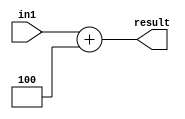
`timescale 1ns / 1ps
//////////////////////////////////////////////////////////////////////////////////
// Company: 
// Engineer: 
// 
// Design Name: 
// Module Name: four_bit_adder
// Project Name: 
// Target Devices: 
// Tool Versions: 
// Description: 
// 
// Dependencies: 
// 
// Revision:
// Revision 0.01 - File Created
// Additional Comments:
// 
//////////////////////////////////////////////////////////////////////////////////

module eight_bit_adder(
    input [7:0] in1,
    output [7:0] result
    );
//    wire cout1, cout2, cout3, cout4, cout5, cou6, cout7, cout8;
    
//    full_adder adder1 (in1[0], in2[0], 0, result[0], cout1);
//    full_adder adder2 (in1[1], in1[1], cout1, result[1], cout2);
//    full_adder adder3 (in1[2], in2[2], cout2, result[2], cout3);
//    full_adder adder4 (in1[3], in2[3], cout3, result[3], cout4);
//    full_adder adder5 (in1[4], in2[4], cout4, result[4], cout5);
//    full_adder adder6 (in1[5], in2[5], cout5, result[5], cout6);
//    full_adder adder7 (in1[6], in2[6], cout6, result[6], cout7); 
//    full_adder adder8 (in1[7], in2[7], cout7, result[7], cout8);
    assign result = in1 + 4; 
    
endmodule